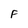
Character: F